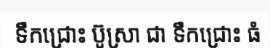
ទឹកជ្រោះ ប៊ូស្រា ជា ទឹកជ្រោះ ធំ